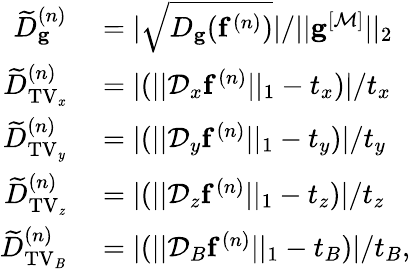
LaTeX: \begin{array}{rl}{\widetilde{D}_{\mathbf{g}}^{(n)}}&{{}=|\sqrt{D_{\mathbf{g}}(\mathbf{f}^{(n)})}|/||\mathbf{g}^{[\mathcal{M}]}||_{2}}\\ {\widetilde{D}_{\mathrm{TV_{\mathit x}}}^{(n)}}&{{}=|(||\mathcal{D}_{x}\mathbf{f}^{(n)}||_{1}-t_{x})|/t_{x}}\\ {\widetilde{D}_{\mathrm{TV_{\mathit y}}}^{(n)}}&{{}=|(||\mathcal{D}_{y}\mathbf{f}^{(n)}||_{1}-t_{y})|/t_{y}}\\ {\widetilde{D}_{\mathrm{TV_{\mathit z}}}^{(n)}}&{{}=|(||\mathcal{D}_{z}\mathbf{f}^{(n)}||_{1}-t_{z})|/t_{z}}\\ {\widetilde{D}_{\mathrm{TV_{\mathit B}}}^{(n)}}&{{}=|(||\mathcal{D}_{B}\mathbf{f}^{(n)}||_{1}-t_{B})|/t_{B},}\end{array}